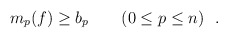
\begin{align*}m_p(f) \geq b_p\qquad (0\leq p \leq n)\ \ .\end{align*}